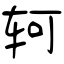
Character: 轲